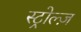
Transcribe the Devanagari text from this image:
स्ट्रोल्ज़